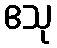
ဧသု